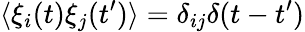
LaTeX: \langle\xi_{i}(t)\xi_{j}(t^{\prime})\rangle=\delta_{ij}\delta(t-t^{\prime})